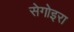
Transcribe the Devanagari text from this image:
सेगोइरा